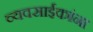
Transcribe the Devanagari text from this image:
व्यवसाईकांना